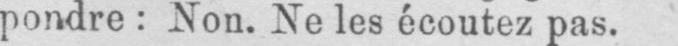
pondre: Non. Ne les écoutez pas.